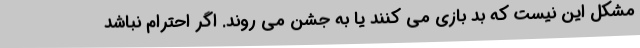
مشکل این نیست که بد بازی می کنند یا به جشن می روند. اگر احترام نباشد